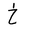
Letter: _kha